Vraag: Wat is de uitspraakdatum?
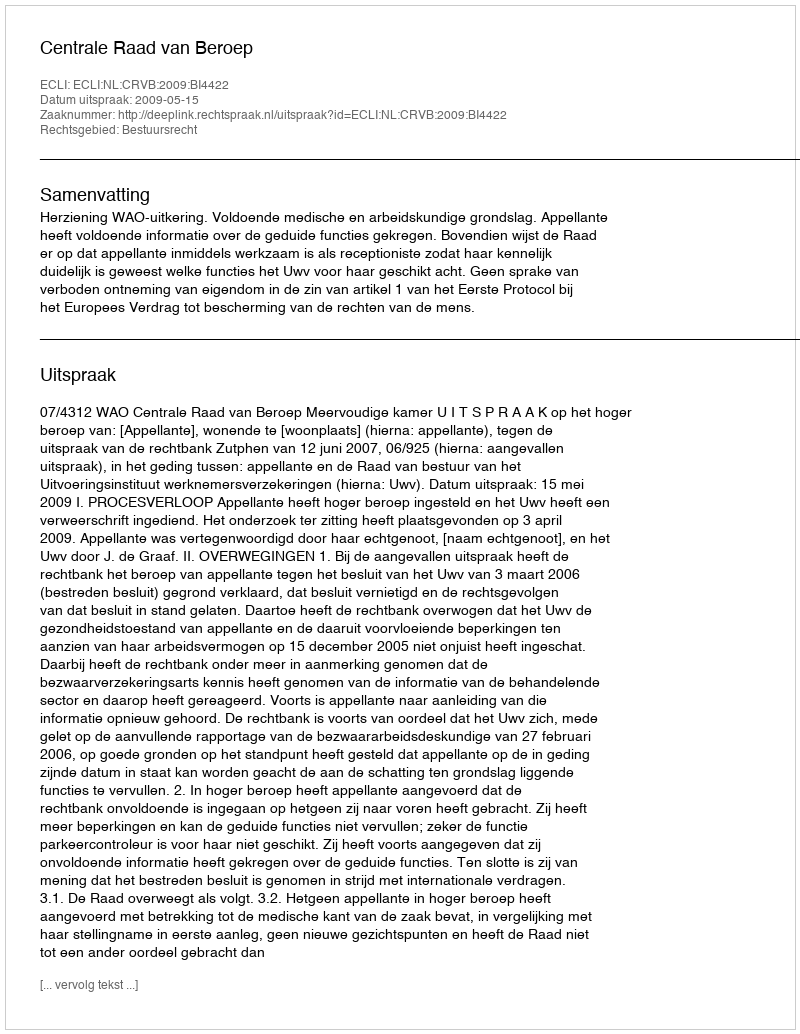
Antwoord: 2009-05-15